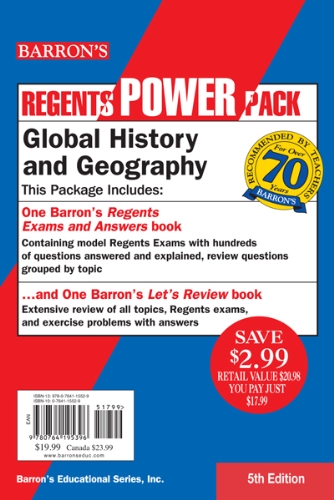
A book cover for Global History and Geography Power Pack (Regents Power Packs); Mark Willner; Test Preparation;